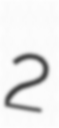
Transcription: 2